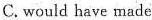
C.would have made